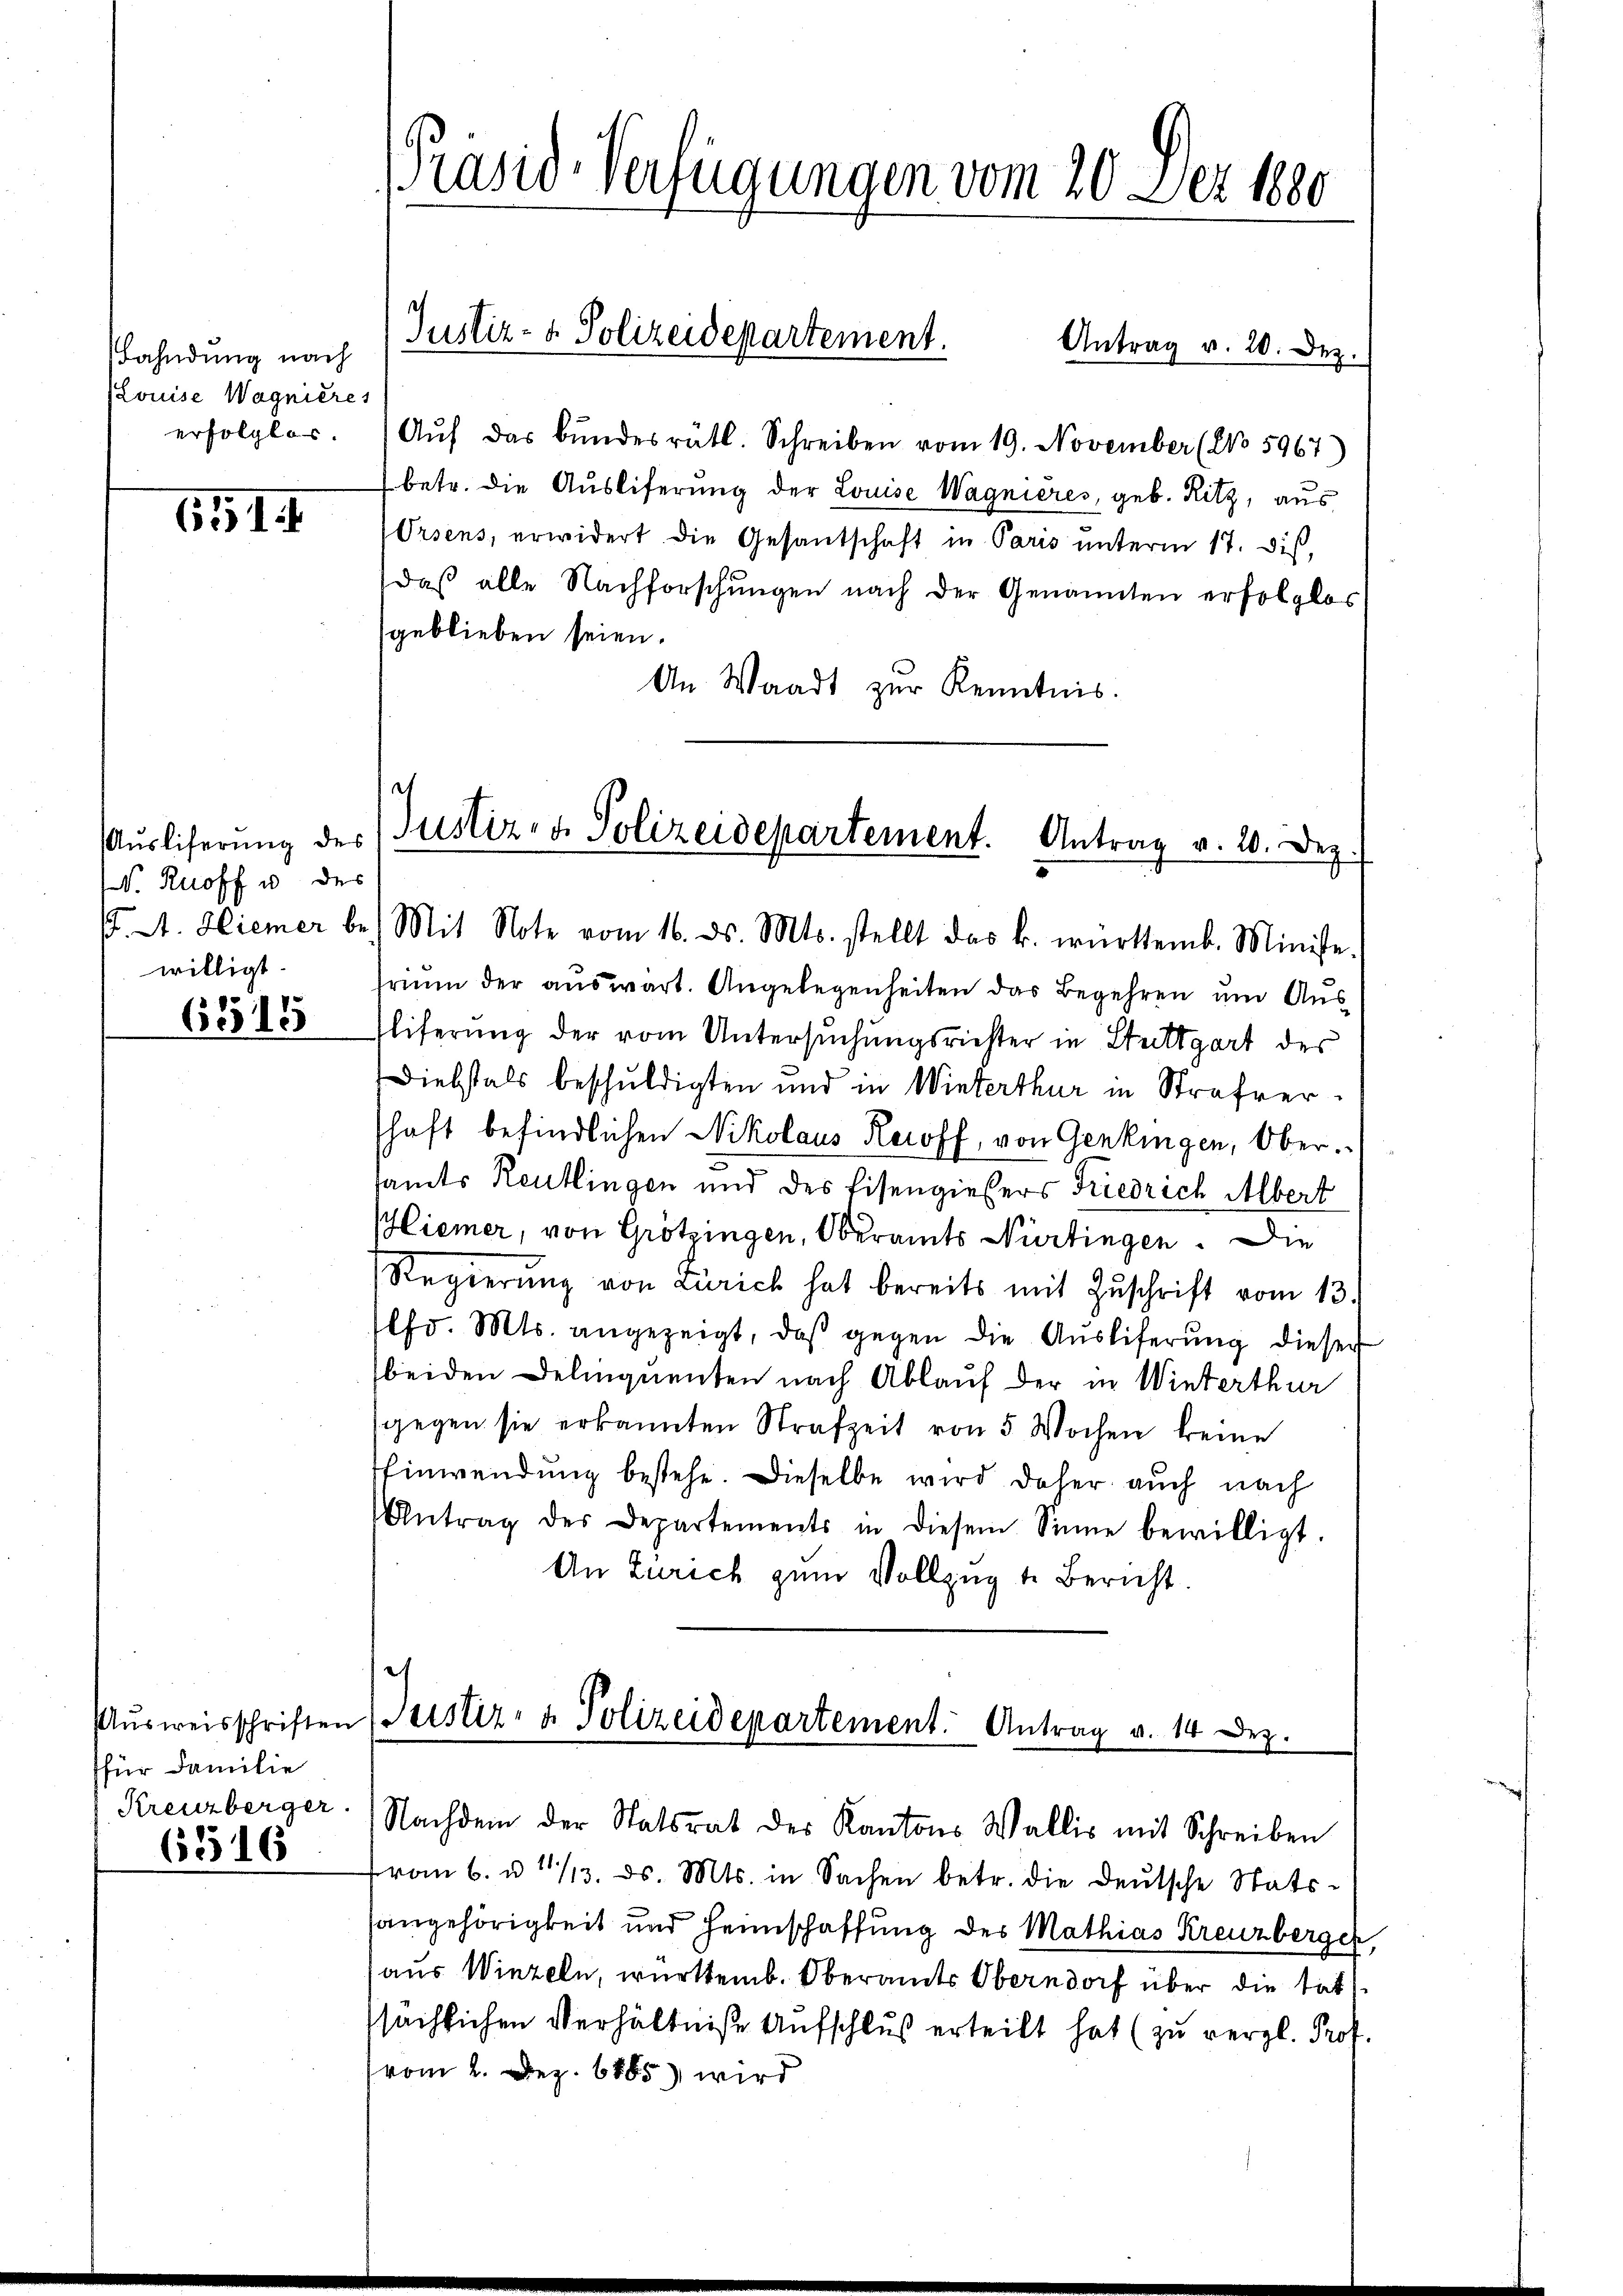
Fahndung nach
Louise Wagnieres
erfolglos.

651

Auslieferung des
V. Knoff u. des
. A. Hiemer bewilligt.
65515

ffür Familie
Kreuzberger.
65516

[Präsid-Verfügungen vom 20. Dez. 1880

Justiz- & Polizeidepartement.

Antrag v. 20. Dez.
Aŭf das bundesrätl. Schreiben vom 19. November (No 5967)
betr. die Ausliferung der Louise Wagnières, geb. Ritz, aus
rsens, erwidert die Gesantschaft in Paris unterm 17. dis,
daβ alle Nachforschŭngen nach der Genannten erfolglos
geblieben seien.
An Waadt zur Kenntnis.
Mit Note vom 16. ds. Mts. stellt das k. württemb. Ministe.
rium der auswart. Angelegenheiten das Begehren um Ausliferung der vom Untersuchungsrichter in Stuttgart des
Diebstals beschuldigten und in Winterthur in Strafvershaft befindlichen Nikolaus Reroff, von Genkingen, Ober
samts Reutlingen und des Eisengießers Friedrich Albert
Hiemer, von Grötzingen, Oberamts Nürtingen. Die
Regierŭng von Zürich hat bereits mit Zŭschrift vom 13.
lfd. Mts. angezeigt, daβ gegen die Aŭsliferŭng dieser
beiden Deliquenten nach Ablauf der in Winterthur
gegen sie erkannten Strafzeit von 5 Wochen keine
Einwendung bestehe. Dieselbe wird daher auch nach
Antrag des Departements in diesem Sinne bewilligt.
An Zürich zum Vollzug u. Bericht.

h
Justiz- & Polizeidepartement. Antrag v. 20. Dez.

Aŭsweisschriften (Geistiz- & Polizeidepartement. Antrag v. 14 Dez.
Nachdem der Statsrat des Kantons Wallis mit Schreiben

vom 6. u 1/3. ds. Mts. in Sachen betr. die deutsche Statssangehörigkeit und Heimschaffung des Mathias Kreuzberger,
aus Winzeln, württemb. Oberamts Oberndorf über die tat
sächlichen Verhältniße Aufschluß erteilt hat (zu vergl. Prof.
vom 2. Dez. 6885) wird